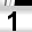
Digit: 1